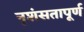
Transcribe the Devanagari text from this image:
नृशंसतापूर्ण